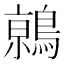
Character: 𬷦